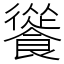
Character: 𩞐